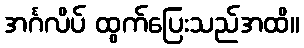
အင်္ဂလိပ် ထွက်ပြေးသည်အထိ။